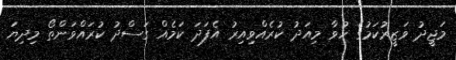
މަޖީދު ވަޒީރުކަމުގެ ހުވާ މިއަދު ކުރެއްވިއިރު އެފަދަ ކަމެއް ގަސްދު ކުރައްވަންތޯ މިދިޔަ